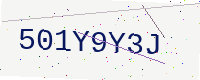
Text: 501Y9Y3J